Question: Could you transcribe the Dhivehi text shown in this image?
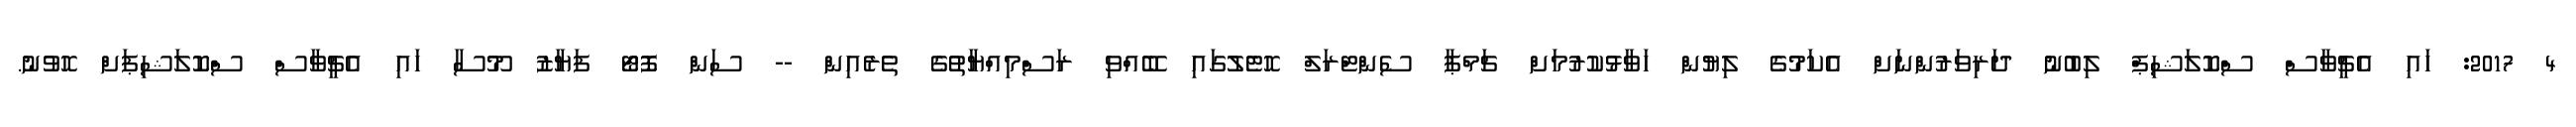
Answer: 4 2017: ހައި އެޗީވާސް ސްކޮލަޝިޕް ލިބުނު ދަރިވަރުންނަށް އެކަމުގެ ލިޔުން ހަވާޅުކުރުމަށް ޗަމްޕާ ސެންޓްރަލް ހޮޓެލުގައި ބޭއްވި ރަސްމިއްޔާތުގެ ތެރެއިން -- ސަން ފޮޓޯ ފަޔާޒު މޫސާ ހައި އެޗީވާސް ސްކޮލަޝިޕަށް ހޮވުނު.